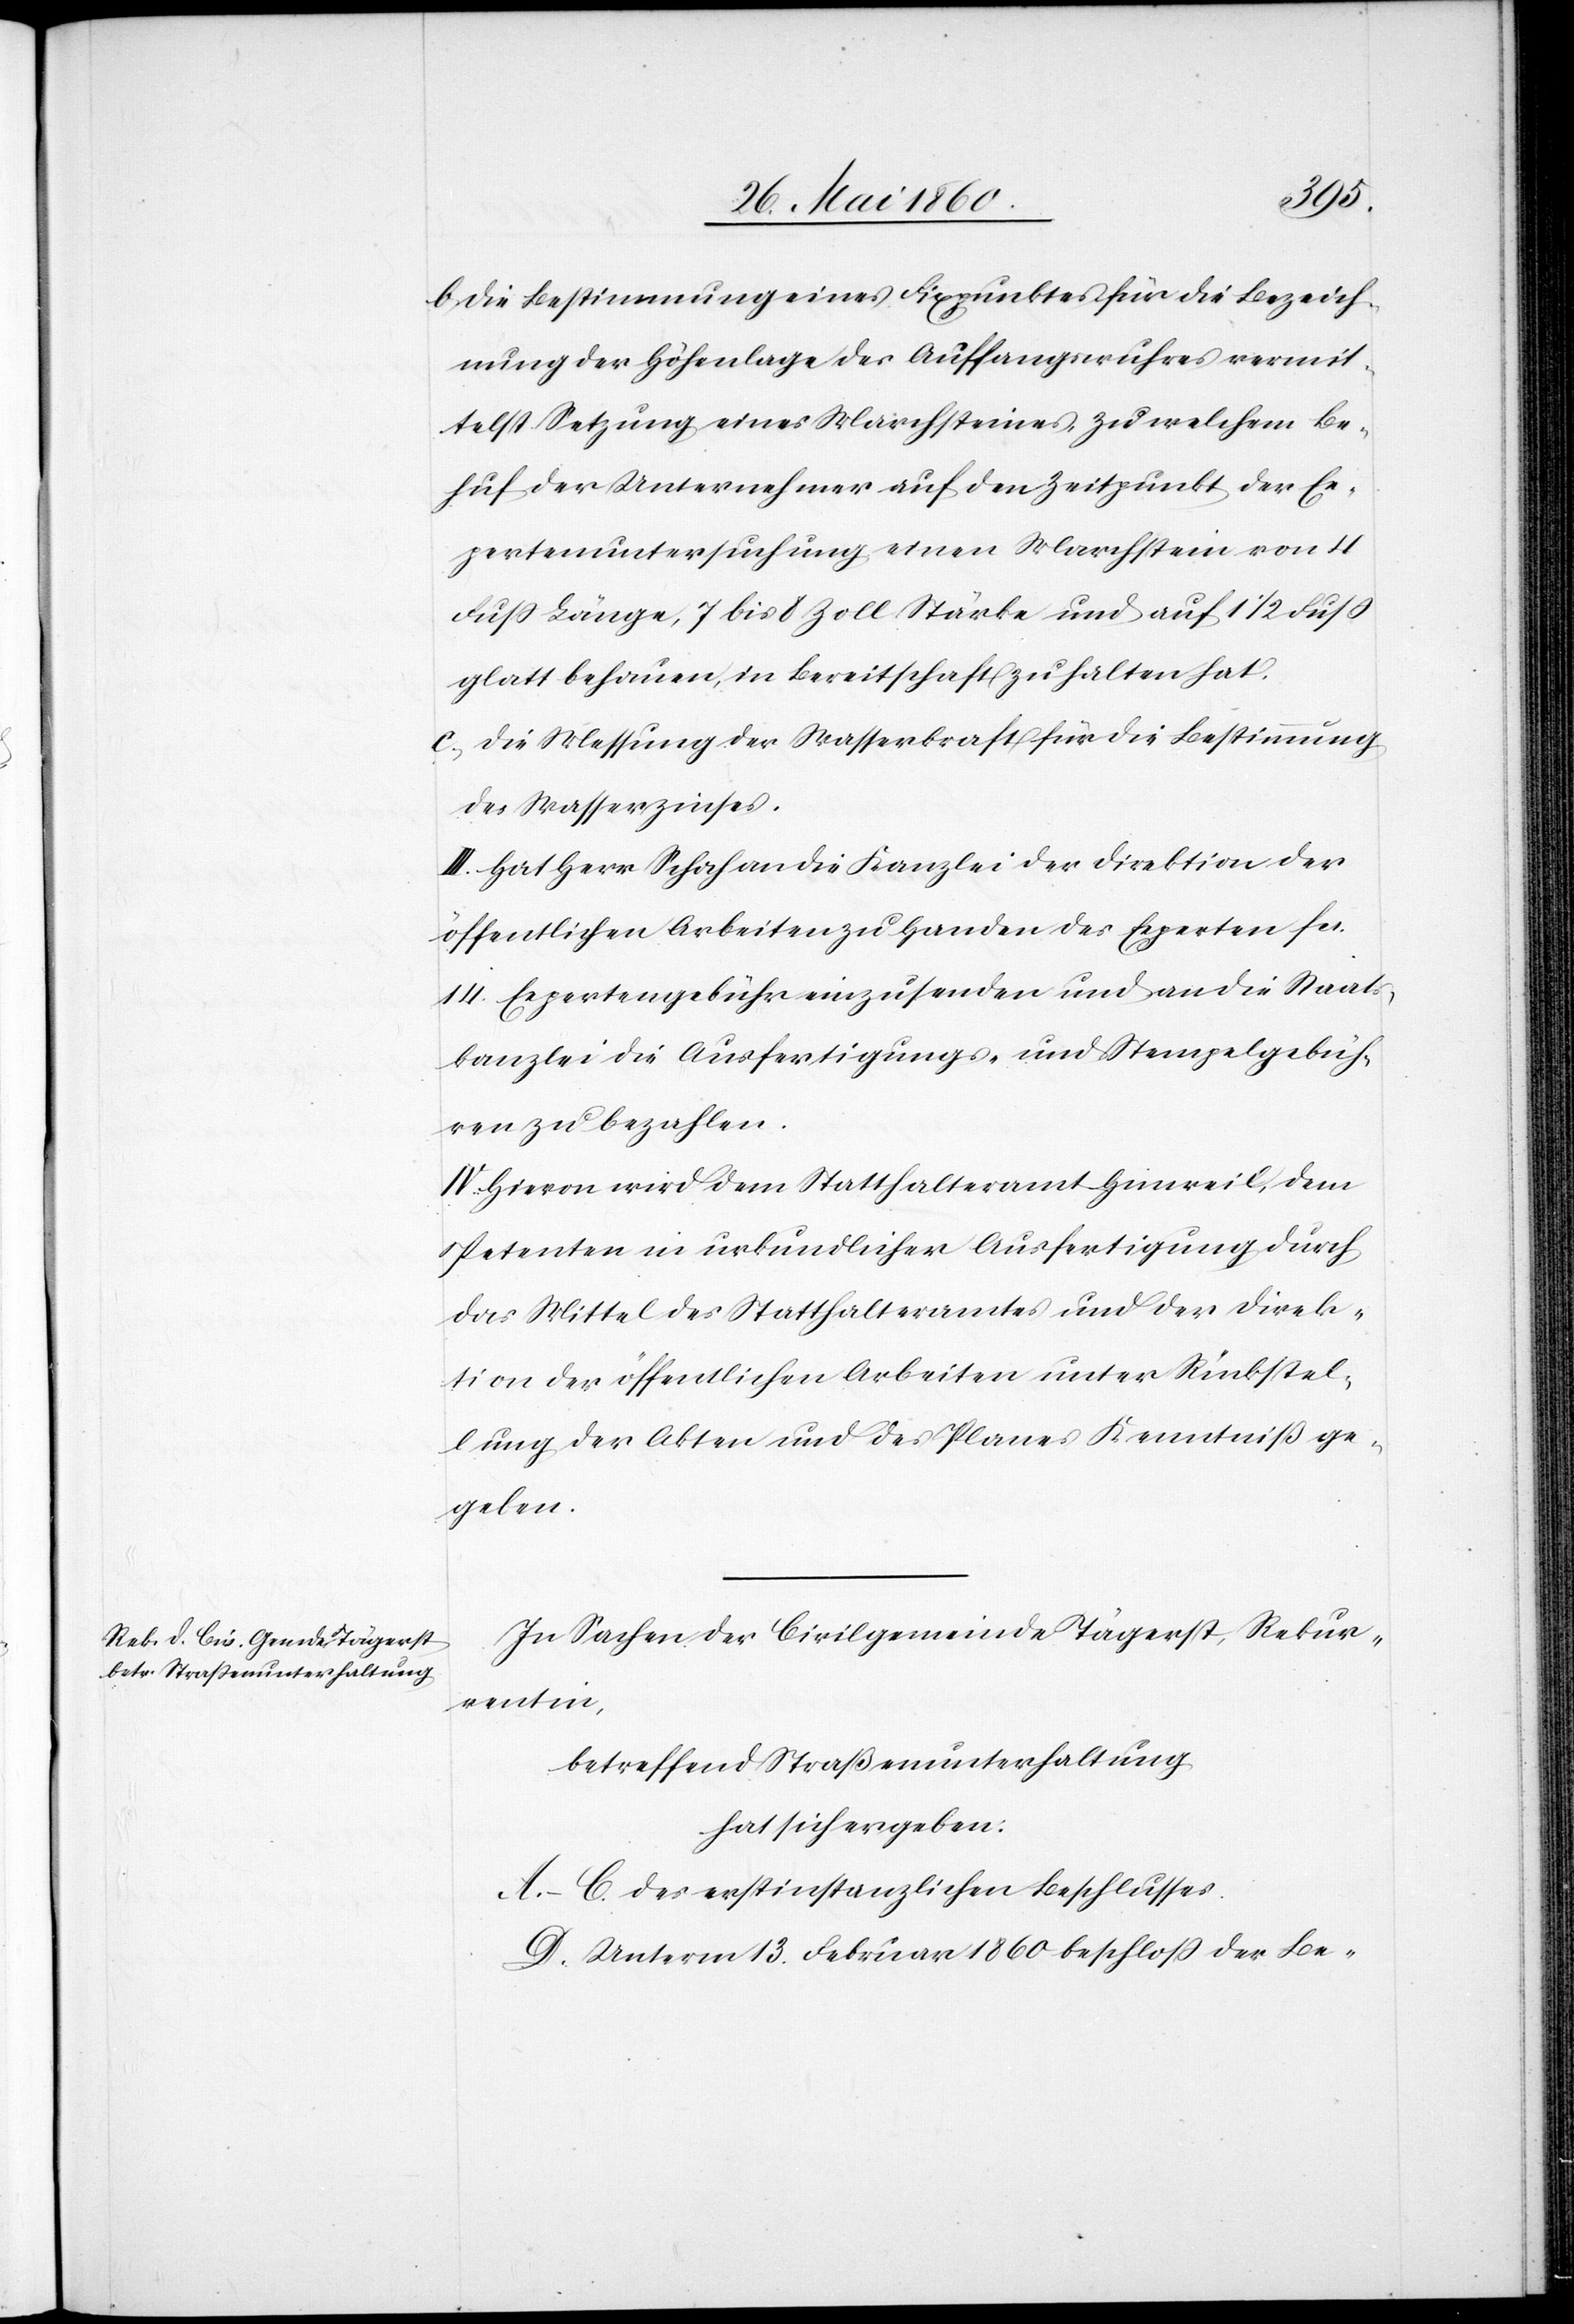
b. Die Bestimmung eines Fixpunktes für die Bezeich¬
nung der Höhenlage des Auffangwuhres vermit¬
telst Setzung eines Marchsteines, zu welchem Be¬
huf der Unternehmer auf den Zeitpunkt der Ex¬
pertenuntersuchung einen Marchstein von 4
Fuss Länge, 7 bis 8 Zoll Stärke und auf 1 1/2 Fuss
glatt behauen, in Bereitschaft zu halten hat.
c. Die Messung der Wasserkraft für die Bestimmung
des Wasserzinses.
III. Hat Herr Schoch an die Kanzlei der Direktion der
öffentlichen Arbeiten zu Handen des Experten fcs.
14. Expertengebühr einzusenden und an die Staats¬
kanzlei die Ausfertigungs- und Stempelgebüh¬
ren zu bezahlen.
IV. Hievon wird dem Statthalteramt Hinweil, dem
Petenten in urkundlicher Ausfertigung durch
das Mittel des Statthalteramtes und der Direk¬
tion der öffentlichen Arbeiten unter Rückstel¬
lung der Akten und des Planes Kenntniss ge¬
geben.
In Sachen der Civilgemeinde Tägerst, Rekur¬
rentin,
betreffend Strassenunterhaltung
hat sich ergeben:
A–C. des erstinstanzlichen Beschlusses
D. Unterm 13. Februar 1860 beschloss der Be-